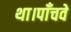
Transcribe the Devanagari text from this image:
था।पाँचवे